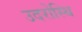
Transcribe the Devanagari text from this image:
उदरोस्थि